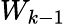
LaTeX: W_{k-1}